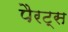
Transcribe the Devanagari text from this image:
पैरट्स